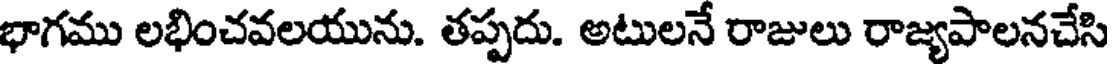
భాగము లభించవలయును. తప్పదు. అటులనే రాజులు రాజ్యపాలనచేసి